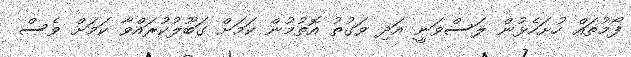
ފޯމުތައް ހުށަހެޅުން ލަސްވަނީ އަދި ވަގުތު އޮތުމުން ކަމަށް ގަބޫލުކުރައްވާ ކަމަށް ވެސް